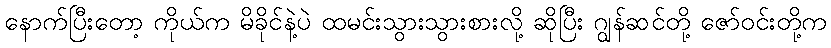
နောက်ပြီးတော့ ကိုယ်က မိခိုင်နဲ့ပဲ ထမင်းသွားသွားစားလို့ ဆိုပြီး ဂျွန်ဆင်တို့ ဇော်ဝင်းတို့က